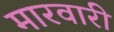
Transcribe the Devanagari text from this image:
मारवारी